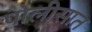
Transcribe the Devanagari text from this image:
पोलीसात